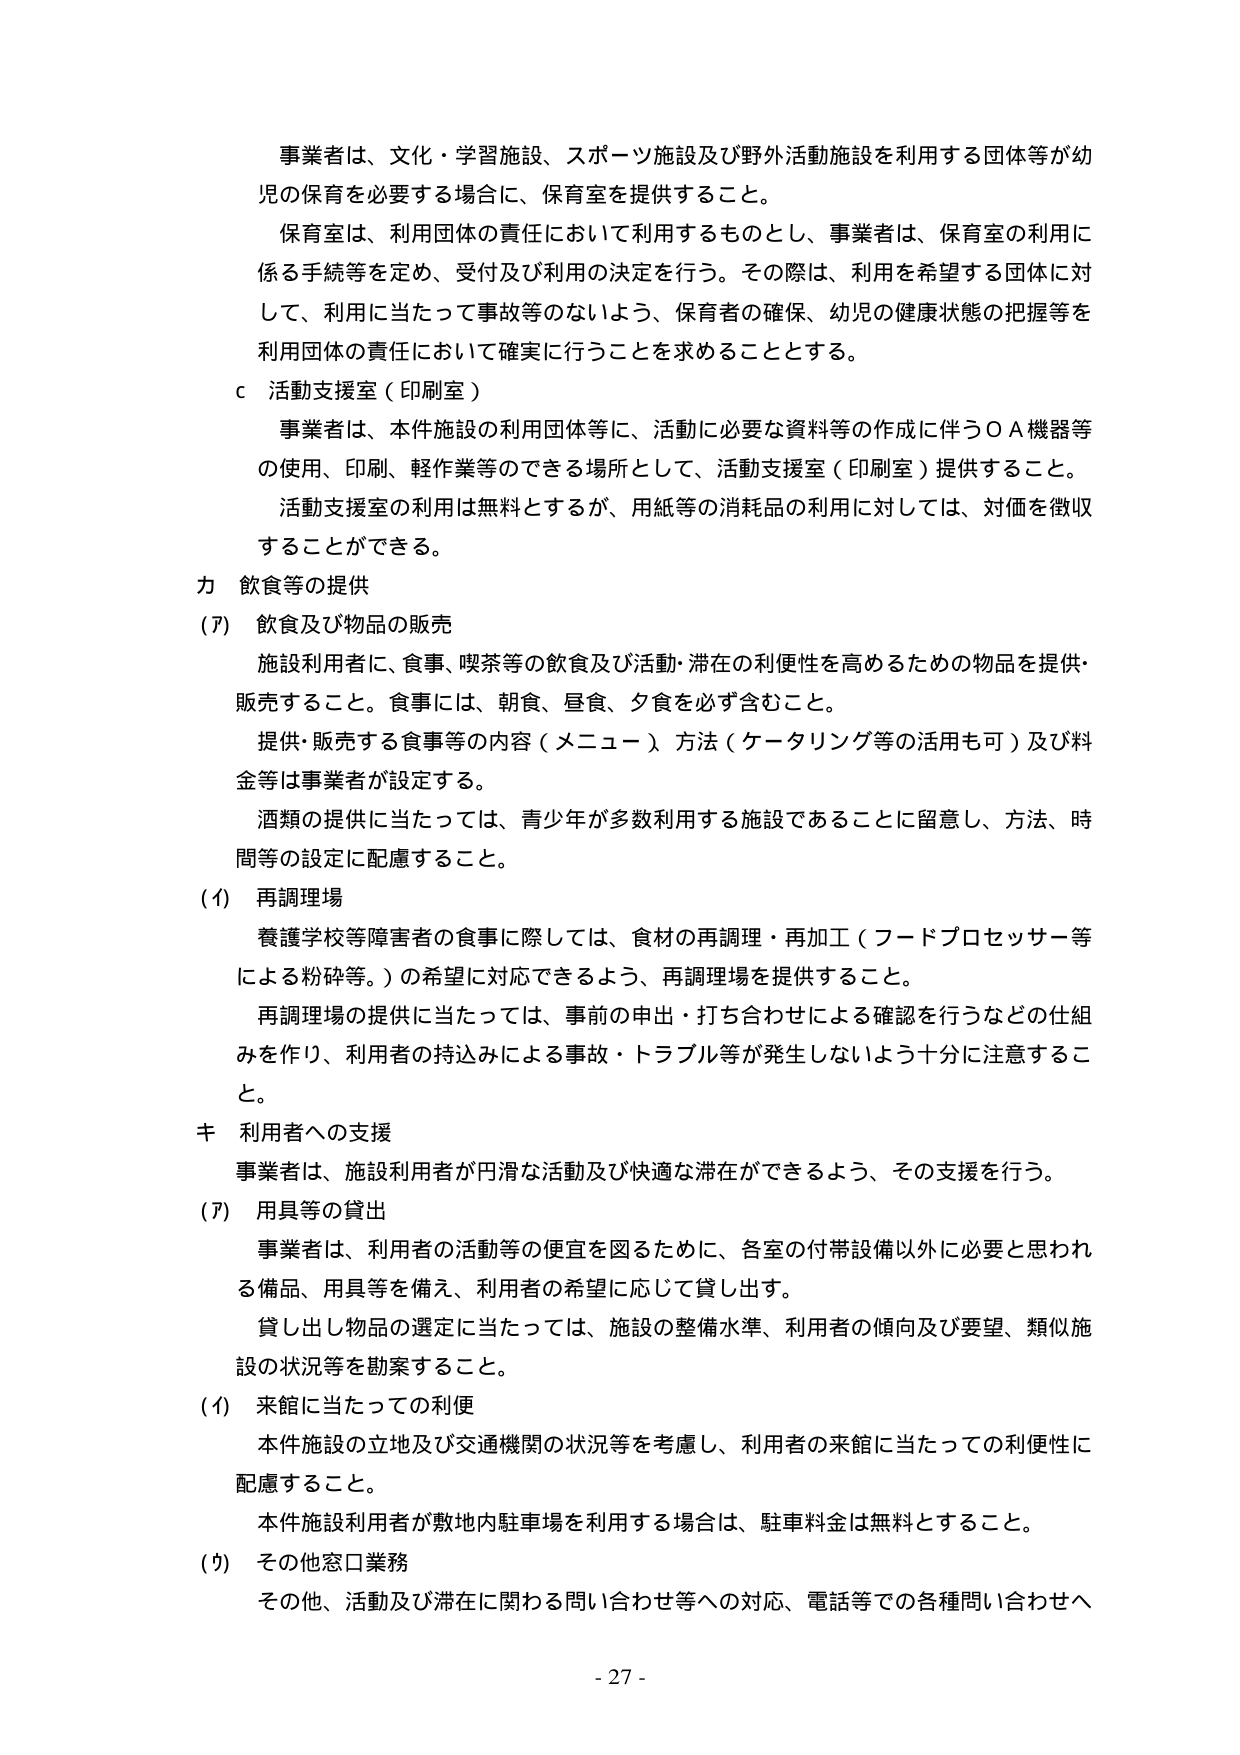
事業者は、文化・学習施設、スポーツ施設及び野外活動施設を利用する団体等が幼児の保育を必要とする場合に、保育室を提供すること。

保育室は、利用団体の責任において利用するものとし、事業者は、保育室の利用に係る手続等を定め、受付及び利用の決定を行う。その際は、利用を希望する団体に対して、利用に当たって事故等のないよう、保育者の確保、幼児の健康状態の把握等を利用団体の責任において確実に行うことを求めることとする。

ｃ 活動支援室（印刷室）

事業者は、本件施設の利用団体等に、活動に必要な資料等の作成に伴うＯＡ機器等の使用、印刷、軽作業等のできる場所として、活動支援室（印刷室）提供すること。

活動支援室の利用は無料とするが、用紙等の消耗品の利用に対しては、対価を徴収することができる。

カ 飲食等の提供

(ｱ) 飲食及び物品の販売

施設利用者に、食事、喫茶等の飲食及び活動・滞在の利便性を高めるための物品を提供・販売すること。食事には、朝食、昼食、夕食を必ず含むこと。

提供・販売する食事等の内容（メニュー）方法（ケータリング等の活用も可）及び料金等は事業者が設定する。

酒類の提供に当たっては、青少年が多数利用する施設であることに留意し、方法、時間等の設定に配慮すること。

(ｲ) 再調理場

養護学校等障害者の食事に際しては、食材の再調理・再加工（フードプロセッサー等による粉砕等。）の希望に対応できるよう、再調理場を提供すること。

再調理場の提供に当たっては、事前の申出・打ち合わせによる確認を行うなどの仕組みを作り、利用者の持込みによる事故・トラブル等が発生しないよう十分に注意すること。

キ 利用者への支援

事業者は、施設利用者が円滑な活動及び快適な滞在ができるよう、その支援を行う。

(ｱ) 用具等の貸出

事業者は、利用者の活動等の便宜を図るために、各室の付帯設備以外に必要と思われる備品、用具等を備え、利用者の希望に応じて貸し出す。

貸し出し物品の選定に当たっては、施設の整備水準、利用者の傾向及び要望、類似施設の状況等を勘案すること。

(ｲ) 来館に当たっての利便

本件施設の立地及び交通機関の状況等を考慮し、利用者の来館に当たっての利便性に配慮すること。

本件施設利用者が敷地内駐車場を利用する場合は、駐車料金は無料とすること。

(ｳ) その他窓口業務

その他、活動及び滞在に関わる問い合わせ等への対応、電話等での各種問い合わせへ

- 27 -